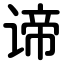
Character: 谛